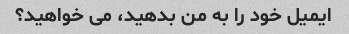
ایمیل خود را به من بدهید، می خواهید؟